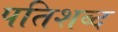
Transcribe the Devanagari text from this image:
पतिशब्द